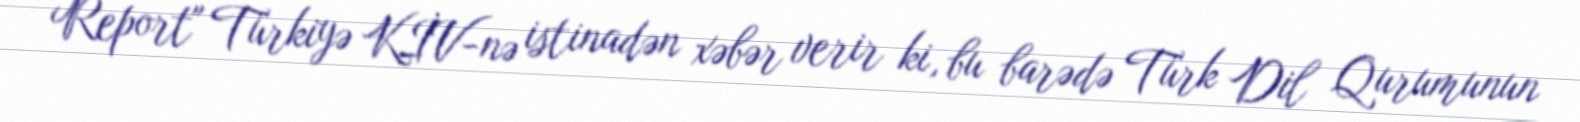
Report" Türkiyə KİV-nə istinadən xəbər verir ki, bu barədə Türk Dil Qurumunun